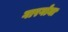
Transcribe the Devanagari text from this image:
गारगोना